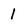
Character: 1